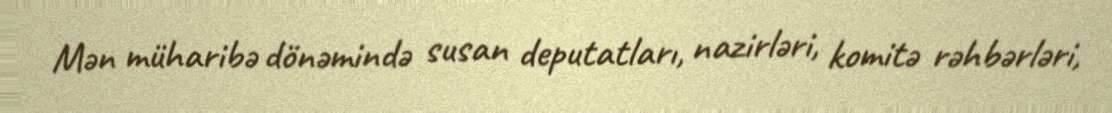
Mən müharibə dönəmində susan deputatları, nazirləri, komitə rəhbərləri,